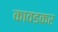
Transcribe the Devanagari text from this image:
कावडकर